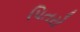
પિતરો